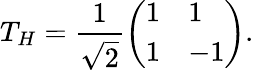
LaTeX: T_{H}=\frac{1}{\sqrt{2}}\left(\begin{array}{ll}{1}&{1}\\ {1}&{-1}\end{array}\right).